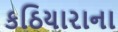
કઠિયારાના